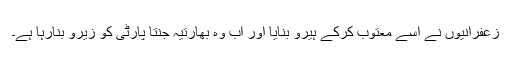
زعفرانیوں نے اسے معتوب کرکے ہیرو بنایا اور اب وہ بھارتیہ جنتا پارٹی کو زیرو بنارہا ہے۔